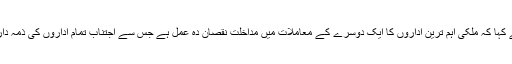
انہوں نے کہا کہ ملکی اہم ترین اداروں کا ایک دوسرے کے معاملات میں مداخلت نقصان دہ عمل ہے جس سے اجتناب تمام اداروں کی ذمہ داری ہے ۔